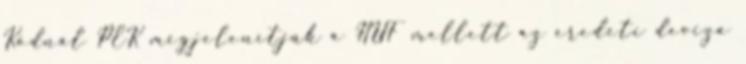
Kódnál PEK megjelenítjük a HUF mellett az eredeti deviza